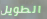
الطويل